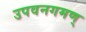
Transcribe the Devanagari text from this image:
उपवनगमण्